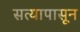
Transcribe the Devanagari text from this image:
सत्यापासून